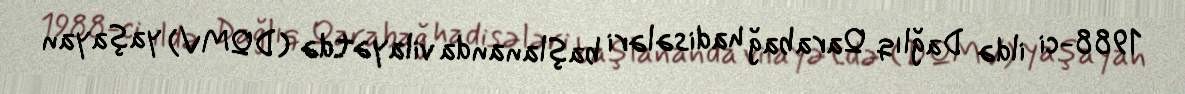
1988-ci ildə Dağlıq Qarabağ hadisələri başlananda vilayətdə (DQMV) yaşayan